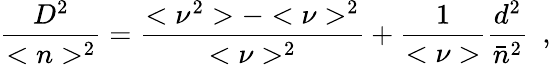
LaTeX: {\frac{D^{2}}{<n>^{2}}}={\frac{<\nu^{2}>-<\nu>^{2}}{<\nu>^{2}}}+{\frac{1}{<\nu>}}{\frac{d^{2}}{\bar{n}^{2}}}\ \ ,